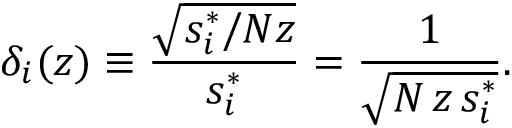
\delta _ { i } ( z ) \equiv \frac { \sqrt { { s _ { i } ^ { * } } / { N z } } } { s _ { i } ^ { * } } = \frac { 1 } { \sqrt { N \, z \, s _ { i } ^ { * } } } .